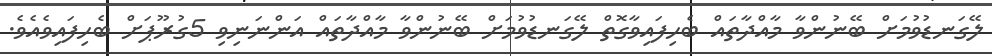
ލޭގަނޑުވުމަށް ބޭނުންވާ މާއްދާތައް ބެހިފައިވާގޮތް ލޭގަނޑުވުމަށް ބޭނުންވާ މާއްދާތައް އަންނަނިވި 5ގުރޫޕަށް ބެހިފައިވެއެވެ.